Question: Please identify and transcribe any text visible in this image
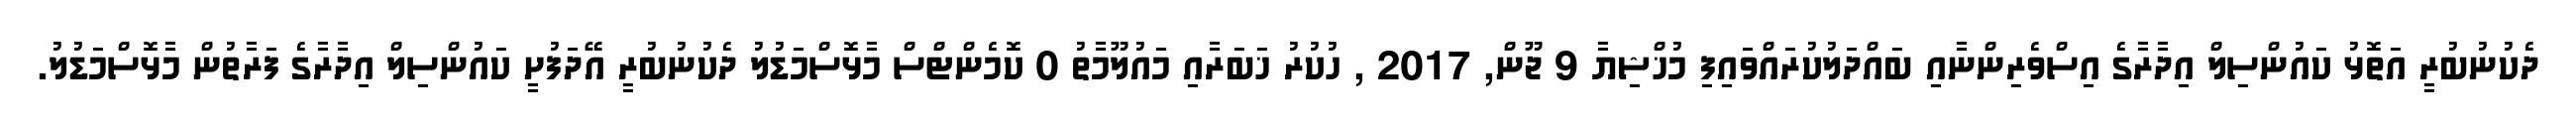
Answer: ދެކުނުބުރީ އަތޮޅު ކައުންސިލް އިދާރާގެ އިސްވެރިންނާއި ބައްދަލުކުރައްވައިފި މުޚްޝިޔާ 9 ޖޫން, 2017 , ހުކުރު ޚަބަރާއި މައުލޫމާތު 0 ކޮމެންޓްސް މާޅޮސްމަޑުލު ދެކުނުބުރީ އޭދަފުށީ ކައުންސިލް އިދާރާގެ ފަރާތުން މާޅޮސްމަޑުލު.